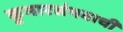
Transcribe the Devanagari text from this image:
कुमारसंभवाची